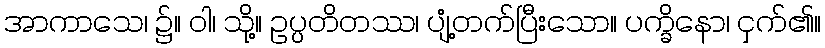
အာကာသေ၊ ၌။ ဝါ၊ သို့။ ဥပ္ပတိတဿ၊ ပျံ့တက်ပြီးသော။ ပက္ခိနော၊ ငှက်၏။